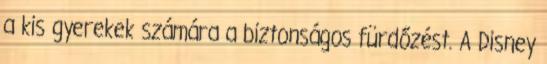
a kis gyerekek számára a biztonságos fürdőzést. A Disney